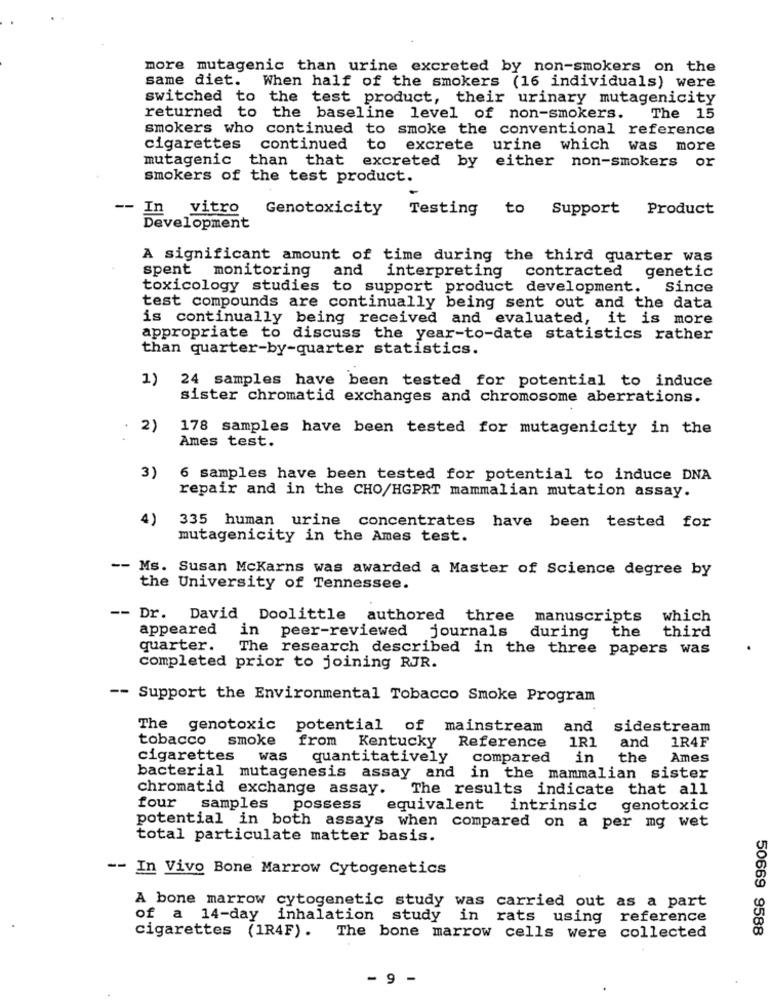
more mutagenic than urine excreted by non-smokers on the
same diet. When half of the smokers (16 individuals) were
switched to the test product, their urinary mutagenicity
returned to the baseline level of non-smokers.
The 15
smokers who continued to smoke the conventional reference
cigarettes
continued
to excrete urine which was more
mutagenic than that excreted by either non-smokers or
smokers of the test product.
In
vitro
Genotoxicity
Testing to Support
Product
Development
A significant amount of time during the third quarter was
spent monitoring
and
interpreting contracted genetic
toxicology studies to support product development.
Since
test compounds are continually being sent out and the data
is continually being received and evaluated, it is more
appropriate to discuss the year-to-date statistics rather
than quarter-by-quarter statistics.
1) 24 samples have been tested for potential to induce
sister chromatid exchanges and chromosome aberrations.
2)
178 samples have been tested for mutagenicity in the
Ames test.
3) 6 samples have been tested for potential to induce DNA
repair and in the CHO/HGPRT mammalian mutation assay.
4)
335 human urine concentrates have been tested for
mutagenicity in the Ames test.
-- Ms. Susan McKarns was awarded a Master of Science degree by
the University of Tennessee.
-- Dr.
David Doolittle authored three manuscripts which
appeared
in
peer-reviewed journals
the
third
during
quarter.
The research described in the three papers was
completed prior to joining RJR.
-- Support the Environmental Tobacco Smoke Program
The genotoxic potential of mainstream
and
sidestream
tobacco smoke
1R1
and
1R4F
from Kentucky Reference
cigarettes
was
quantitatively
compared
in
the
Ames
bacterial mutagenesis assay and in the mammalian sister
chromatid exchange assay. The results indicate that all
four
samples
possess
equivalent
intrinsic
genotoxic
potential in both assays when compared on a per mg wet
total particulate matter basis.
-- In Vivo Bone Marrow Cytogenetics
A bone marrow cytogenetic study was carried out as a part
of a 14-day
inhalation study in rats using reference
50669 9588
cigarettes (1R4F). The bone marrow cells were collected
-
-